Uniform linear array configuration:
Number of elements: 8
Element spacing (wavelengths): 0.25
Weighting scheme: cosine
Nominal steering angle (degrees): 0
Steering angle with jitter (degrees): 0.7885
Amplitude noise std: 0.05
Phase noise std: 0.05

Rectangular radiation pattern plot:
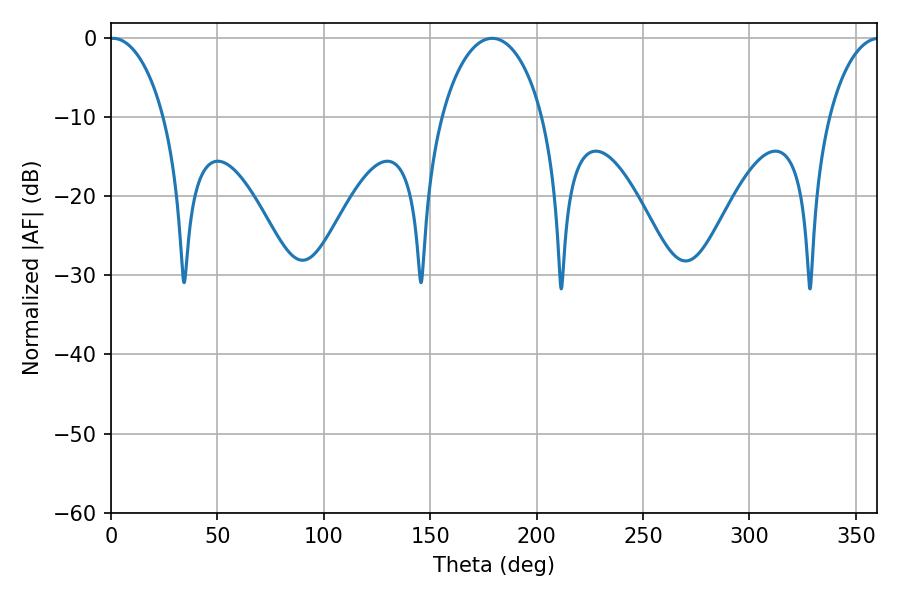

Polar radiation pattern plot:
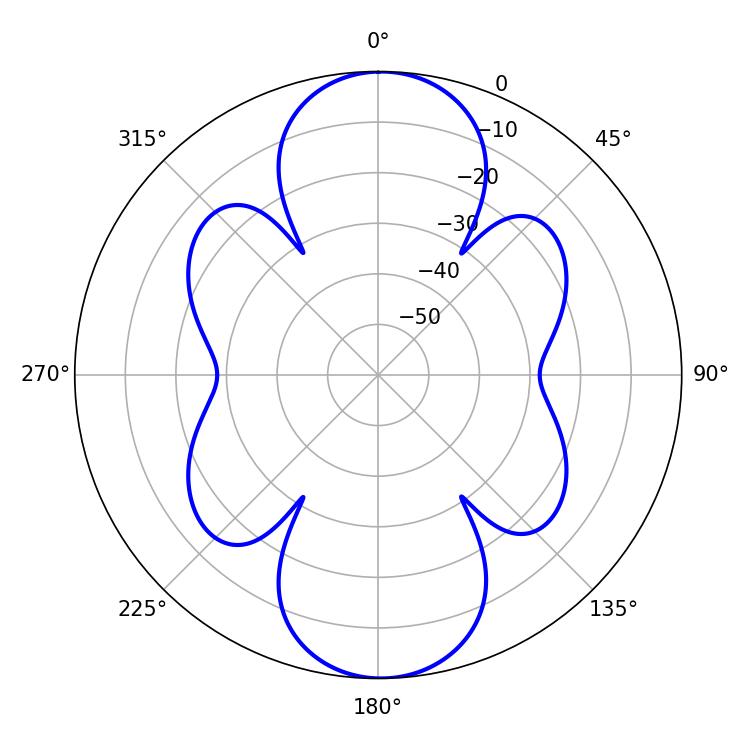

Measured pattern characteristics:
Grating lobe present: FALSE
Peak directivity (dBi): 22.698
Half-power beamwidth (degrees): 14.58
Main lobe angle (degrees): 0.9